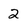
Character: 2